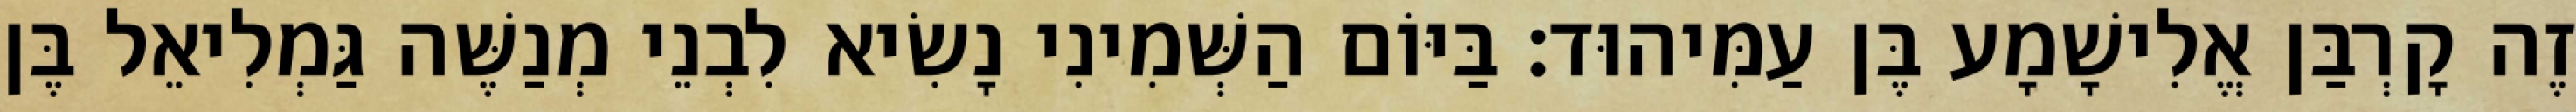
זֶה קָרְבַּן אֱלִישָׁמָע בֶּן עַמִּיהוּד׃ בַּיּוֹם הַשְּׁמִינִי נָשִׂיא לִבְנֵי מְנַשֶּׁה גַּמְלִיאֵל בֶּן